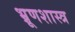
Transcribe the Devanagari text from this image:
भ्रूणशास्त्र